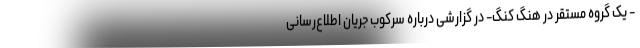
- یک گروه مستقر در هنگ کنگ- در گزارشی درباره سرکوب جریان اطلاع‌رسانی